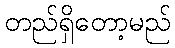
တည်ရှိတော့မည်